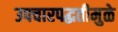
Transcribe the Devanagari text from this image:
उपचारपद्धतीमुळे